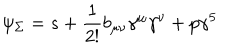
LaTeX: \psi _ { \Sigma } = s + \frac { 1 } { 2 ! } b _ { \mu \nu } \gamma ^ { \mu } \gamma ^ { \nu } + p \gamma ^ { 5 }